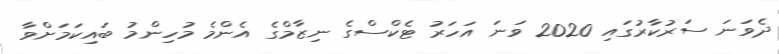
ދެވަނަ ސަރުކާރުގައި 2020 ވަނަ އަހަރު ޓެކްސްގެ ނިޒާމްގެ އެންމެ މުހިންމު ބައިކަމަށްވާ